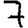
Digit: 7